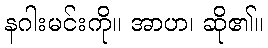
နဂါးမင်းကို။ အာဟ၊ ဆို၏။